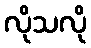
လိုသလို